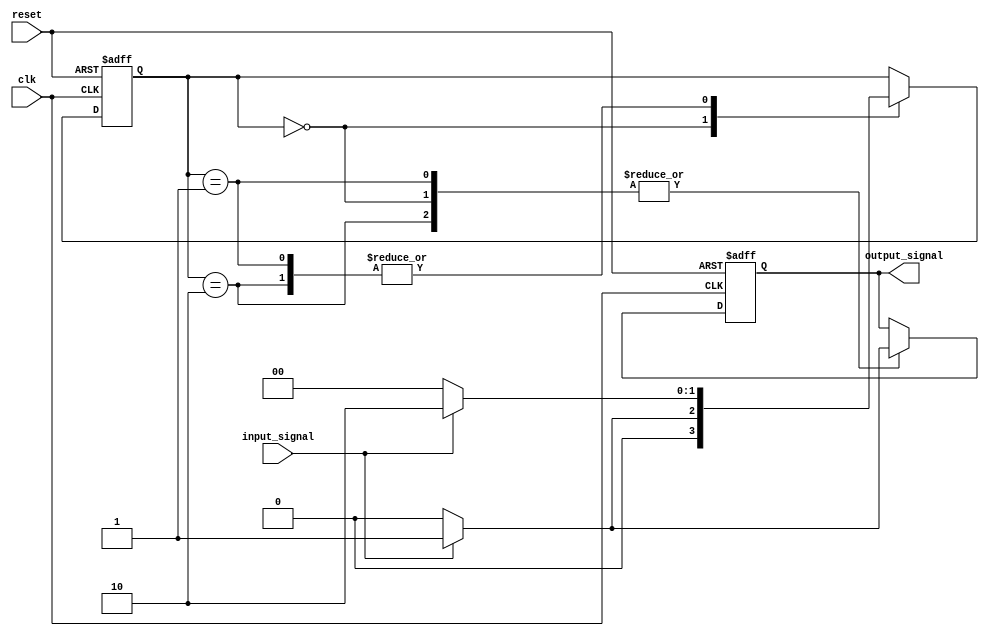
module Mealy_State_Machine (
  input wire clk,
  input wire reset,
  input wire input_signal,
  output reg output_signal
);

// Define state variables
parameter STATE_A = 2'b00;
parameter STATE_B = 2'b01;
parameter STATE_C = 2'b10;

reg [1:0] state;

// State transition and output logic
always @(posedge clk or posedge reset) begin
  if (reset) begin
    state <= STATE_A;
    output_signal <= 0;
  end else begin
    case (state)
      STATE_A: begin
        if (input_signal) begin
          state <= STATE_B;
          output_signal <= 1;
        end else begin
          state <= STATE_A;
          output_signal <= 0;
        end
      end
      
      STATE_B: begin
        if (input_signal) begin
          state <= STATE_C;
          output_signal <= 1;
        end else begin
          state <= STATE_A;
          output_signal <= 0;
        end
      end
      
      STATE_C: begin
        if (input_signal) begin
          state <= STATE_C;
          output_signal <= 1;
        end else begin
          state <= STATE_A;
          output_signal <= 0;
        end
      end
    endcase
  end
end

endmodule